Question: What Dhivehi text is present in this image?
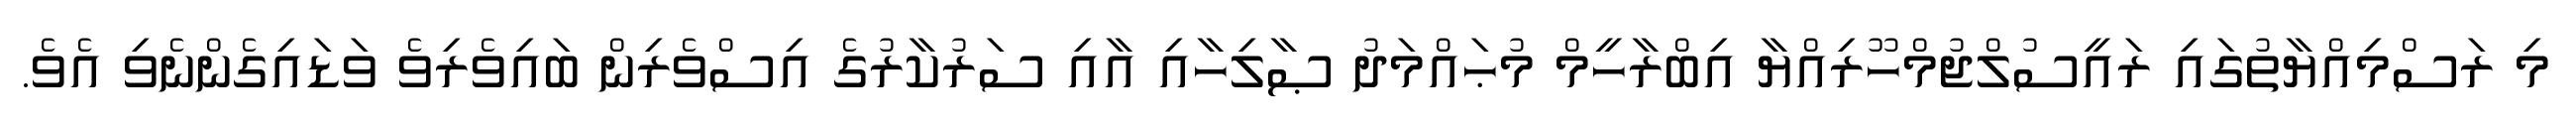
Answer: މި ރަސްމިއްޔާތުގައި ރައީސުލްޖުމްހޫރިއްޔާ އިބްރާހީމް މުޙައްމަދު ޞާލިހާއި އާއި ސަރުކާރުގެ އިސްވެރިން ބައިވެރިވެ ވަޑައިގެންނެވި އެވެ.